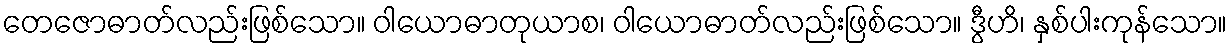
တေဇောဓာတ်လည်းဖြစ်သော။ ဝါယောဓာတုယာစ၊ ဝါယောဓာတ်လည်းဖြစ်သော။ ဒွီဟိ၊ နှစ်ပါးကုန်သော။